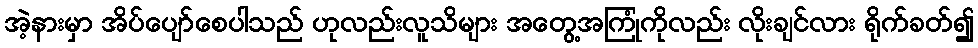
အဲ့နားမှာ အိပ်ပျော်စေပါသည် ဟုလည်းလူသိများ အတွေ့အကြုံကိုလည်း လိုးချင်လား ရိုက်ခတ်၍